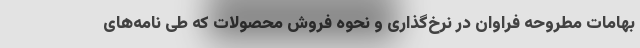
بهامات مطروحه فراوان در نرخ‌گذاری و نحوه فروش محصولات که طی نامه‌های